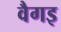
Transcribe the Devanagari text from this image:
वैगइ